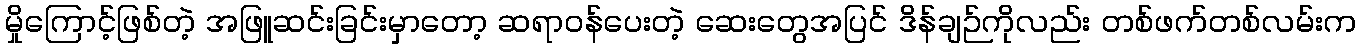
မှိုကြောင့်ဖြစ်တဲ့ အဖြူဆင်းခြင်းမှာတော့ ဆရာဝန်ပေးတဲ့ ဆေးတွေအပြင် ဒိန်ချဉ်ကိုလည်း တစ်ဖက်တစ်လမ်းက